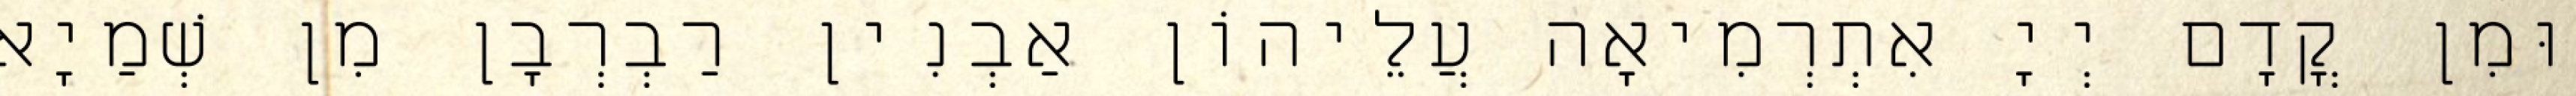
וּמִן קֳדָם יְיָ אִתְרְמִיאָה עֲלֵיהוֹן אַבְנִין רַבְרְבָן מִן שְׁמַיָא